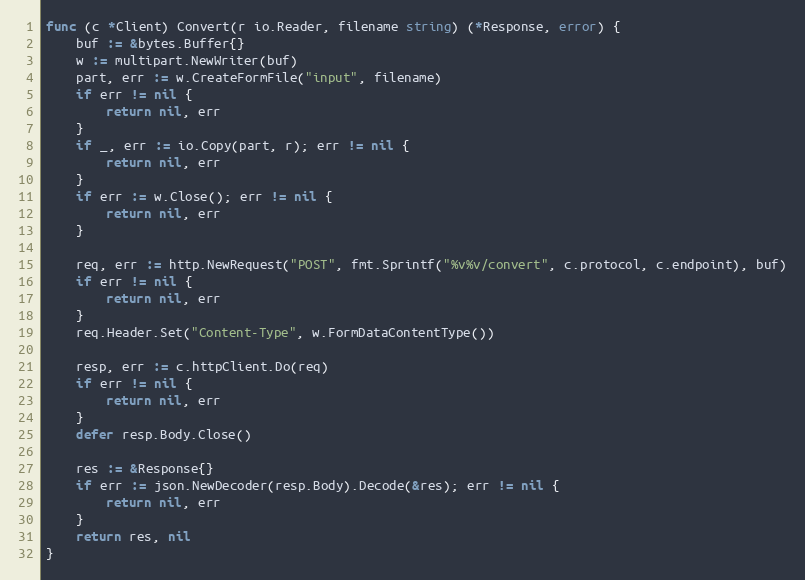
Language: Go
func (c *Client) Convert(r io.Reader, filename string) (*Response, error) {
	buf := &bytes.Buffer{}
	w := multipart.NewWriter(buf)
	part, err := w.CreateFormFile("input", filename)
	if err != nil {
		return nil, err
	}
	if _, err := io.Copy(part, r); err != nil {
		return nil, err
	}
	if err := w.Close(); err != nil {
		return nil, err
	}

	req, err := http.NewRequest("POST", fmt.Sprintf("%v%v/convert", c.protocol, c.endpoint), buf)
	if err != nil {
		return nil, err
	}
	req.Header.Set("Content-Type", w.FormDataContentType())

	resp, err := c.httpClient.Do(req)
	if err != nil {
		return nil, err
	}
	defer resp.Body.Close()

	res := &Response{}
	if err := json.NewDecoder(resp.Body).Decode(&res); err != nil {
		return nil, err
	}
	return res, nil
}